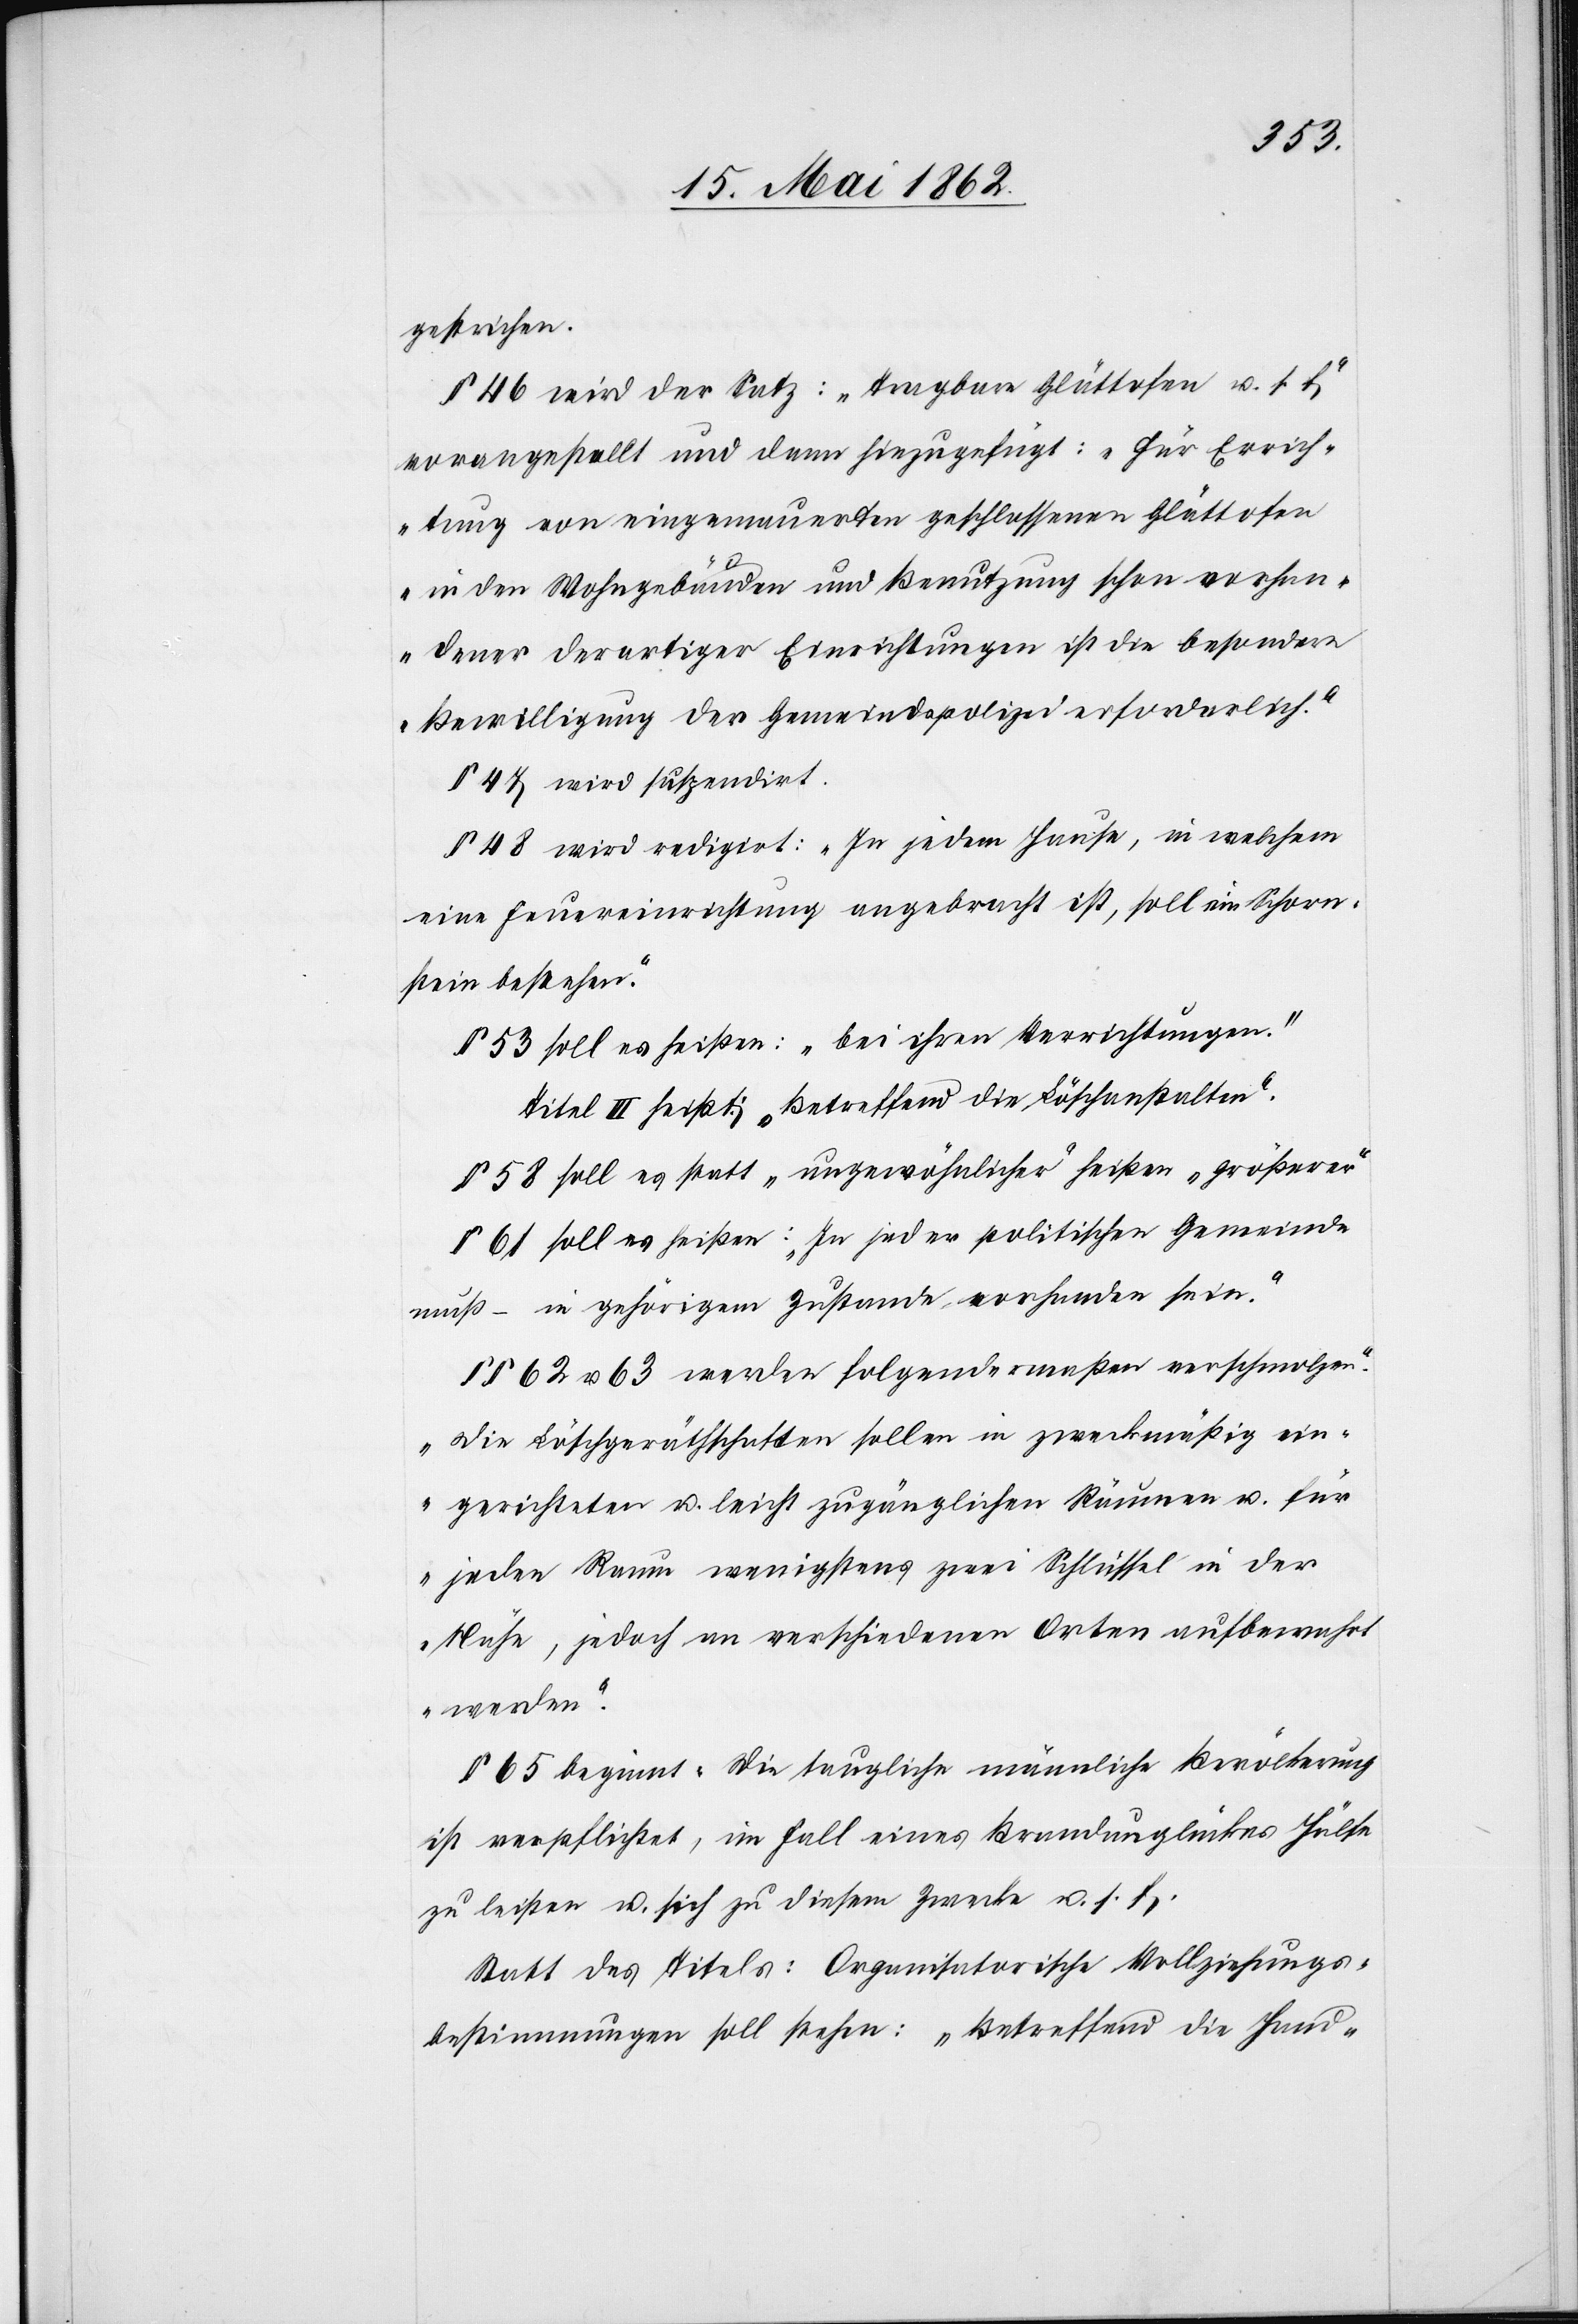
gestrichen.
§ 46 wird der Satz: [„]Tragbare Glättofen u. s. f.“
vorangestellt und dann hinzugefügt: „für Errich¬
tung von eingemauerten geschlossenen Glättofen
in den Wohngebäuden und Benutzung schon vorhan¬
dener derartiger Einrichtungen ist die besondere
Bewilligung der Gemeindspolizei erforderlich.“
§ 47 wird suspendirt.
§ 48 wird redigirt: „In jedem Hause, in welchem
eine Feuereinrichtung angebracht ist, soll ein Schorn¬
stein bestehen.“
§ 53 soll es heißen: „bei ihren Verrichtungen.“
Titel III heißt: „Betreffend die Löschanstalten.“
§ 58 soll es statt „ungewöhnlicher“ heißen „größerer“
§ 61 soll es heißen: „In jeder politischen Gemeinde
muß – in gehörigem Zustande vorhanden sein.“
§§ 62 u. 63 werden folgendermaßen verschmolzen.
„Die Löschgeräthschaften sollen in zweckmäßig ein¬
gerichteten u. leicht zugänglichen Räumen u. für
jeden Raum wenigstens zwei Schlüssel in der
Nähe, jedoch an verschiedenen Orten aufbewahrt
werden.“
§ 65 beginnt: die taugliche männliche Bevölkerung
ist verpflichtet, im Fall eines Brandunglückes Hülfe
zu leisten u. sich zu diesem Zwecke u. s. f.
Statt des Titels: Organisatorische Vollziehungs¬
bestimmungen soll stehen: „Betreffend die Haus-